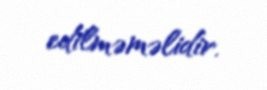
edilməməlidir.